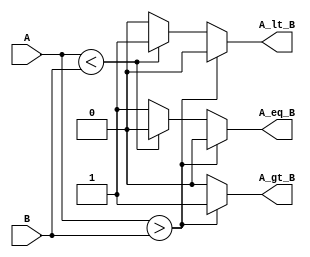
module ParameterizedComparator #(
    parameter WIDTH = 8  // Default width is 8 bits
)(
    input  [WIDTH-1:0] A,  // Input A
    input  [WIDTH-1:0] B,  // Input B
    output reg A_gt_B,      // A greater than B
    output reg A_lt_B,      // A less than B
    output reg A_eq_B       // A equal to B
);

// Behavioral implementation of the comparator
always @(*) begin
    // Initialize outputs to zero
    A_gt_B = 1'b0;
    A_lt_B = 1'b0;
    A_eq_B = 1'b0;

    // Compare A and B
    if (A > B) begin
        A_gt_B = 1'b1;  // A is greater than B
    end else if (A < B) begin
        A_lt_B = 1'b1;  // A is less than B
    end else begin
        A_eq_B = 1'b1;  // A is equal to B
    end
end

endmodule